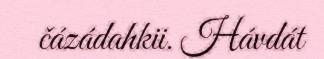
čázádahkii. Hávdát